Annual report of the Civil Veterinary Department, Bengal, for the year 1897-98 - 1897-1898
Year: 1897
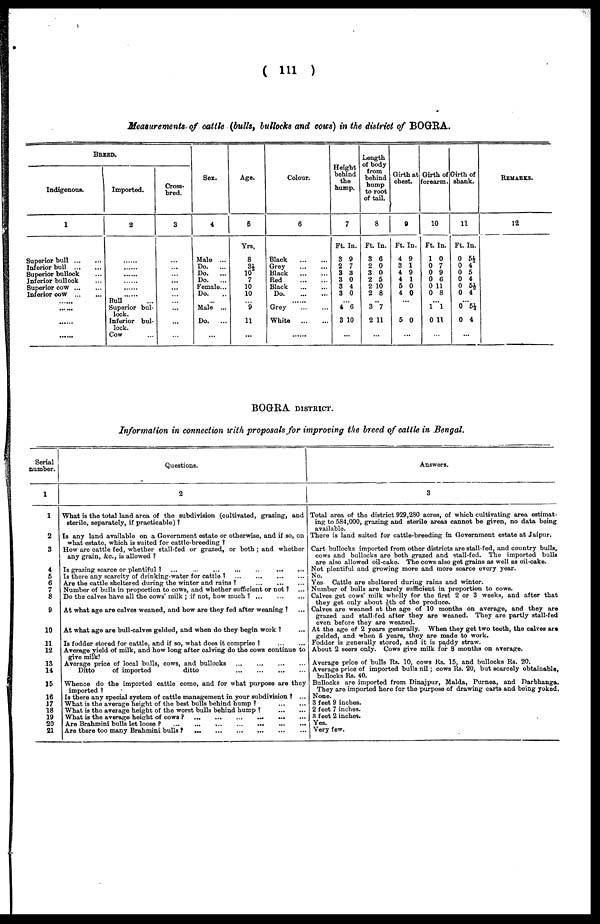
(111)
Measurements of cattle (bulls, bullocks and cows) in the district of BOGRA.
BREED
Indigenous.
1
Superior bull
...
...
Inferior bull
...
...
Superior bullock ...
Inferior bullock ...
Superior cow
...
...
Inferior cow
...
...
......
......
......
......
Imported.
2
......
......
......
......
......
......
Bull ...
Superior bul-
lock.
Inferior bul-
lock.
Cow ...
Cross-
bred.
3
...
...
...
...
...
...
...
...
...
...
...
...
Sex.
4
Male ...
Do.
...
Do.
...
Do.
...
Female ...
Do. ...
... Male ...
Do.
...
...
Age.
5
Yrs.
8
3½
10
7
10
10
... 9
11
...
Colour.
6
Black
...
...
Grey
...
...
Black
...
...
Red
...
...
Black
...
...
Do.
...
...
......
Grey
...
...
White
...
...
......
Height
behind
the
hump.
7
Ft. In.
3 9
2 7
3 3
3 0
3 4
3 0
... 4 6
3 10
Length
of body
from
behind
hump
to root
of tail.
8
Ft. In.
3 6
2 0
3 0
2 5
2 10
2 8
...
3 7
2 11
Girth at
cheat.
9
Ft. In.
4 9
3 1
4 9
4 1
5 0
4 0
...
5 0
Girth of
forcarm.
10
Ft In.
1 0
0 7
0 9
0 6
0 11
0 8
... 1 1
0 11
Girth of
shank.
11
Ft. In.
0 5½
0 4
0 5
0 4
0 5½
0 4
...
0 5½
0 4
REMARKS.
12
BOGRA DISTRICT.
Information in connection with proposals for improving the breed of cattle in Bengal.
Serial
number.
1
1
2
3
4
5
6
7
8
9
10
11
12
13
14
15
16
17
18
19
20
21
Questions.
2
What is the total land area of the subdivision (cultivated, grazing, and
sterile, separately, if practicable)?
Is any land available on a Government estate or otherwise, and if so, on
what estate, which is suited for cattle-breeding?
How are cattle fed, whether stall-fed or grazed, or both; and whether
any grain, &c., is allowed?
Is grazing scarce or plentiful?
...
...
...
...
...
...
...
Is there any scarcity of drinking-water for cattle? ... ... ... ...
Are the cattle sheltered during the winter and rains? ... ... ...
Number of bulls in proportion to cows, and whether sufficient or not? ...
Do the calves have all the cows' milk; if not, how much? ... ... ...
At what age are calves weaned, and how are they fed after weaning? ...
At what age are bull-calves gelded, and when do they begin work? ...
Is fodder stored for cattle, and if so, what does it comprise? ... ...
Average yield of milk, and bow long after calving do the cows continue to give milk!
Average price of local bulls, cows, and bullocks ... ... ... ...
Ditto
of imported
ditto
...
...
...
...
Whence do the imported cattle come, and for what purpose are they
imported 1
Is there any special system of cattle management in your subdivision? ...
What is the average height of the best bulls behind
hump?
...
...
What is the average height of the worst bulls behind hump?
...
...
What is the average height of
cows?
...
...
...
...
...
...
Are Brahmini bulls let loose?
...
...
...
...
...
...
...
Are there too many Brahmini bulls?
...
...
...
...
...
...
Answers.
3
Total area of thedistrict 929,280 acres, of which cultivating area estimat-
ing to 584,000, grazing and sterile areas cannot bo given, no data being
available.
There is land suited for cattle-breeding in Government estate at Jaipur.
Cart bullocks imported from othe districts are stall-fed, and country bulls,
cows and bullocks are both grazed and stall-fed. The imported bulls
are also allowed oil-cake. The cows also got grains as well as oil-cake.
Not plentiful and growing more and more scarce every year.
No.
Yes Cattle are sheltered during rains and winter.
Number of bulls are barely sufficient in proportion to cows.
Calves get cows' milk wholly for the first 2 or 3 weeks, and after that
they got only about 1/6th of the produce.
Calves are weaned at the age of 10 months on average, and they are
grazed and stall-fed after they are weaned. They are partly stall-fed
even before they are weaned.
At the age of 2 years generally. When they get two teeth, the calves are
gelded, and when 6 years, they are made to work.
Fodder is generally stored, and it is paddy straw.
About 2 seers only. Cows give milk for 8 months on average.
Average price of bulls Rs. 10, cows Rs. 15, and bullocks Rs. 20.
Average price of imported bulls nil; cows Rs. 20, but scarcely obtainable,
bullocks Rs. 40.
Bullocks are imported from Dinajpur, Malda, Purnea, and Darbhanga.
They are imported here for the purpose of drawing carts and being yoked.
None.
3 feet 9 inches.
2 feet 7 inches.
3 feet 2 inches.
Yes.
Very few.